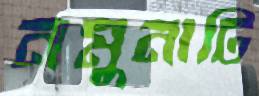
নমুনাটি